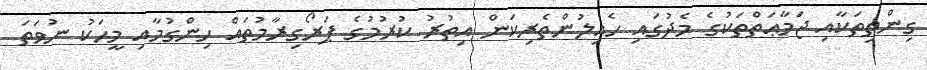
ގިންތިތަކާއި ޖަމާޢަތްތަކުގެ މެދުގައި ހެއިލުންތެރިކަން އިތުރު ކުރުމުގެ ޕަރޯގިރާމުތައް ހިންގުމާއި މީހަކު ނުވަތަ